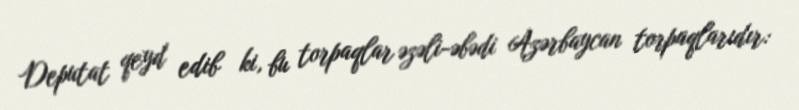
Deputat qeyd edib ki, bu torpaqlar əzəli-əbədi Azərbaycan torpaqlarıdır: